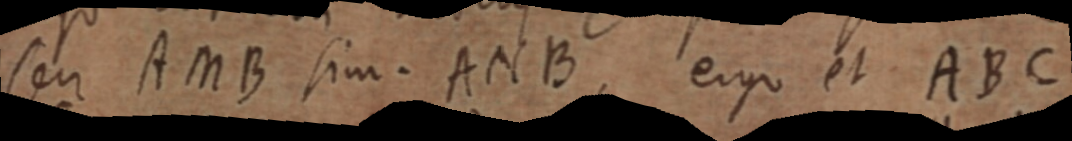
seu AMB sim. ANB, ergo et ABC